Indian journal of veterinary science and animal husbandry - Volumes 15-17, 1948-1951
Year: 1948
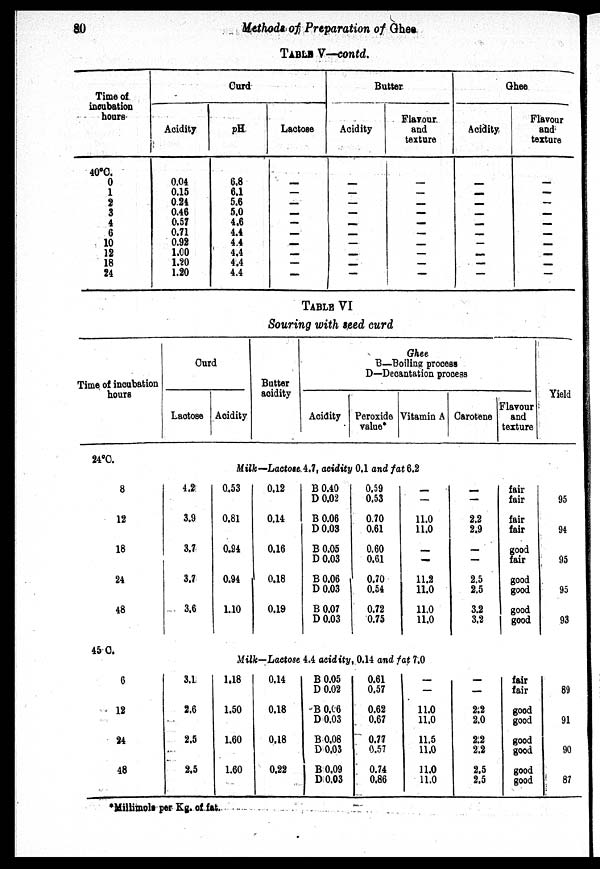
80
Methods
of Preparation of Ghee
TABLE V—contd.
Time of
incubation
hours
40°C.
0
1
2
3
4
6
10
12
18
24
Acidity
0.04
0.15
0.24
0.46
0.57
0.71
0.92
1.00
1.20
1.20
Curd
pH
6.8
6.1
5.6
5.0
4.6
4.4
4.4
4.4
4.4
4.4
Lactose
—
—
—
—
—
—
—
—
—
—
Butter
Acidity
—
—
—
—
—
—
—
—
—
—
Elavour.
and
texture
—
—
—
—
—
—
—
—
—
—
Ghee
Acidity
—
—
—
—
—
—
—
—
—
—
Flavour
and
texture
—
—
—
—
—
—
—
—
—
—
TABLE VI
Souring with seed curd
Time of incubation
hours
24°C.
8
12
18
24
48
45 C.
6
12
24
48
Curd
Lactose Acidity
Butter
acidity
Ghee
B—Boiling process
D—Decantation process
Acidity Peroxide
value*
Vitamin A Carotene
Flavour
and
texture
Yield
Milk—Lactose. 4.7, acidity 0.1 and fat 6.2
4.2
3.9
3.7
3.7
3.6
0.53
0.81
0.94
0.94
1.10
0.12
0.14
0.16
0.18
0.19
B 0.40
D 0.02
B 0.06
D 0.03
B 0.05
D 0.03
B 0.06
D 0.03
B 0.07
D 0.03
0.59
0.53
0.70
0.61
0.60
0.61
0.70
0.54
0.72
0.75
—
—
11.0
11.0
—
—
11.2
11.0
11.0
11.0
—
—
2.2
2.9
—
—
2.5
2.5
3.2
3.2
fair
fair
fair
fair
good
fair
good
good
good
good
95
94
95
95
93
Milk—Lactose 4.4 acidity, 0.14 and fat 7.0
3.1
2.6
2.5
2.5
1.18
1.50
1.60
1.60
0.14
0.18
0.18
0.22
B 0.05
D 0.02
B 0.06
D 0.03
B 0.08
D 0.03
B 0.09
D 0.03
0.61
0.57
0.62
0.67
0.77
0.57
0.74
0.86
—
—
11.0
11.0
11.5
11.0
11.0
11.0
—
—
2.2
2.0
2.2
2.2
2.5
2.5
fair
fair
good
good
good
good
good
good
89
91
90
87
*Millimole per Kg. of fat.